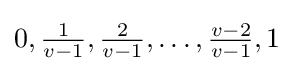
0,{\tfrac {1}{v-1}},{\tfrac {2}{v-1}},\ldots ,{\tfrac {v-2}{v-1}},1